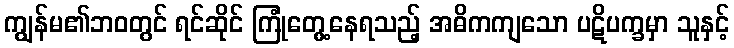
ကျွန်မ၏ဘဝတွင် ရင်ဆိုင် ကြုံတွေ့နေရသည့် အဓိကကျသော ပဋိပက္ခမှာ သူနှင့်